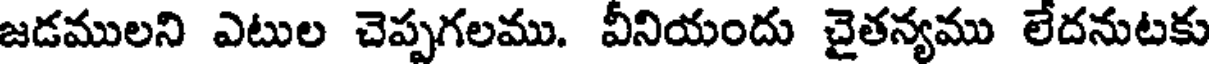
జడములని ఎటుల చెప్పగలము. వీనియందు చైతన్యము లేదనుటకు